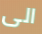
الى